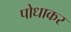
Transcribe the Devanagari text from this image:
पोधाकर